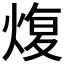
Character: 𤋟